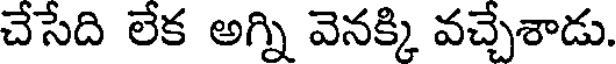
చేసేది లేక అగ్ని వెనక్కి వచ్చేశాడు.